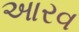
આરવ